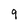
Character: 9